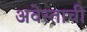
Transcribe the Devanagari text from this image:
अवेस्ताची